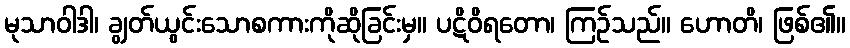
မုသာဝါဒါ၊ ချွတ်ယွင်းသောစကားကိုဆိုခြင်းမှ။ ပဋိဝိရတော၊ ကြဉ်သည်။ ဟောတိ၊ ဖြစ်၏။